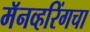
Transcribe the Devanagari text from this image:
मॅनव्हरिंगचा